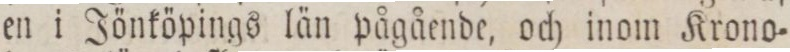
en i Jönköpings län pågående, och inom Krono=